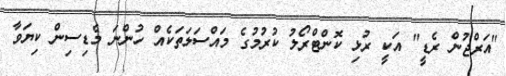
"އަރްޖުން ރެޑީ" އަކީ ރުޅި ކޮންޓްރޯލު ކުރުމުގެ މައްސަލަތަކެއް ހުންނަ މެޑިސިން ކިޔަވާ